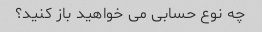
چه نوع حسابی می خواهید باز کنید؟